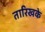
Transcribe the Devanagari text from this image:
तारिखके